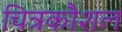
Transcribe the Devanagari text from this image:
चित्रकौशल